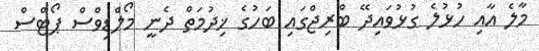
މާލެ އާއި ހުޅުލެ ގުޅުވައިދޭ ބްރިޖްގައި ބަހުގެ ޚިދުމަތް ދެނީ މޯލްޑިވްސް ޕޯޓްސް